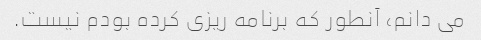
می دانم، آنطور که برنامه ریزی کرده بودم نیست.